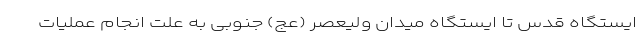
ایستگاه قدس تا ایستگاه میدان ولیعصر (عج) جنوبی به علت انجام عملیات